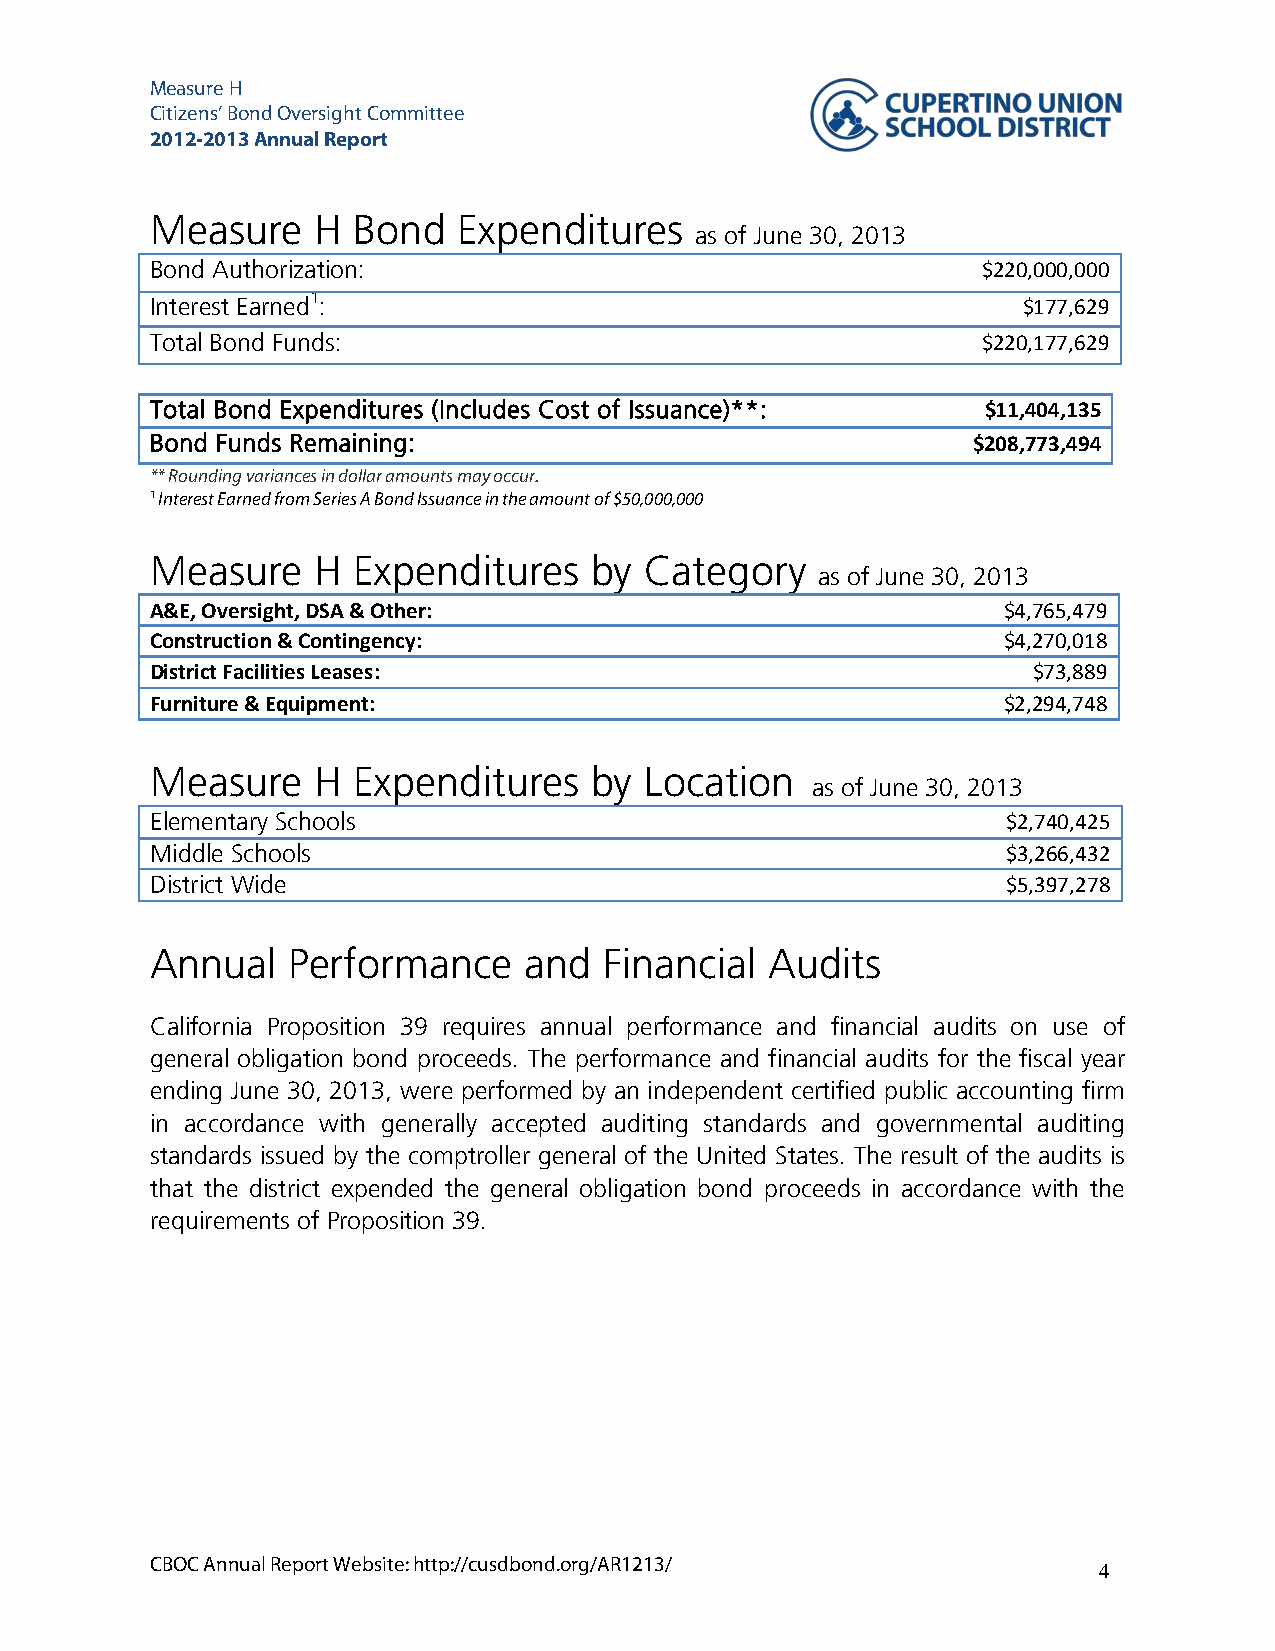
Measure H
 Citizens’ Bond Oversight Committee
 2012-2013 Annual Report
 Measure    H Bond   Expenditures
 as of June 30, 2013
 Bond Authorization:                                    $220,000,000
 Interest Earned1:                                         $177,629
 Total Bond Funds:                                      $220,177,629
 Total Bond Expenditures (Includes Cost of Issuance)**: $11,404,135
 Bond Funds Remaining:                                 $208,773,494
 ** Rounding variances in dollar amounts may occur.
 1 Interest Earned from Series A Bond Issuance in the amount of $50,000,000
 Measure    H Expenditures    by  Category
 as of June 30, 2013
 A&E, Oversight, DSA & Other:                            $4,765,479
 Construction & Contingency:                             $4,270,018
 District Facilities Leases:                               $73,889
 Furniture & Equipment:                                  $2,294,748
 Measure    H Expenditures    by  Location
 as of June 30, 2013
 Elementary Schools                                       $2,740,425
 Middle Schools                                           $3,266,432
 District Wide                                            $5,397,278
 Annual   Performance     and  Financial  Audits
 California Proposition 39 requires annual performance and financial audits on use of
 general obligation bond proceeds. The performance and financial audits for the fiscal year
 ending June 30, 2013, were performed by an independent certified public accounting firm
 in accordance with generally accepted auditing standards and governmental auditing
 standards issued by the comptroller general of the United States. The result of the audits is
 that the district expended the general obligation bond proceeds in accordance with the
 requirements of Proposition 39.
 CBOC Annual Report Website: http://cusdbond.org/AR1213/
 4